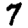
Digit: 7